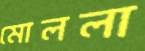
মোললা